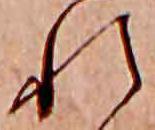
れ